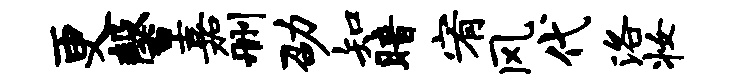
更馨嘉删劭知暗宥风代洛妆